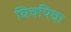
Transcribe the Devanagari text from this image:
घिचपिचा